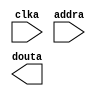
module inst_memory(
	clka,
	addra,
	douta);


input clka;
input [7 : 0] addra;
output [15 : 0] douta;

// synthesis translate_off

      BLK_MEM_GEN_V4_2 #(
		.C_ADDRA_WIDTH(8),
		.C_ADDRB_WIDTH(8),
		.C_ALGORITHM(1),
		.C_BYTE_SIZE(9),
		.C_COMMON_CLK(0),
		.C_DEFAULT_DATA("0"),
		.C_DISABLE_WARN_BHV_COLL(0),
		.C_DISABLE_WARN_BHV_RANGE(0),
		.C_FAMILY("virtex5"),
		.C_HAS_ENA(0),
		.C_HAS_ENB(0),
		.C_HAS_INJECTERR(0),
		.C_HAS_MEM_OUTPUT_REGS_A(0),
		.C_HAS_MEM_OUTPUT_REGS_B(0),
		.C_HAS_MUX_OUTPUT_REGS_A(0),
		.C_HAS_MUX_OUTPUT_REGS_B(0),
		.C_HAS_REGCEA(0),
		.C_HAS_REGCEB(0),
		.C_HAS_RSTA(0),
		.C_HAS_RSTB(0),
		.C_HAS_SOFTECC_INPUT_REGS_A(0),
		.C_HAS_SOFTECC_OUTPUT_REGS_B(0),
		.C_INITA_VAL("0"),
		.C_INITB_VAL("0"),
		.C_INIT_FILE_NAME("inst_memory.mif"),
		.C_LOAD_INIT_FILE(1),
		.C_MEM_TYPE(3),
		.C_MUX_PIPELINE_STAGES(0),
		.C_PRIM_TYPE(1),
		.C_READ_DEPTH_A(256),
		.C_READ_DEPTH_B(256),
		.C_READ_WIDTH_A(16),
		.C_READ_WIDTH_B(16),
		.C_RSTRAM_A(0),
		.C_RSTRAM_B(0),
		.C_RST_PRIORITY_A("CE"),
		.C_RST_PRIORITY_B("CE"),
		.C_RST_TYPE("SYNC"),
		.C_SIM_COLLISION_CHECK("ALL"),
		.C_USE_BYTE_WEA(0),
		.C_USE_BYTE_WEB(0),
		.C_USE_DEFAULT_DATA(0),
		.C_USE_ECC(0),
		.C_USE_SOFTECC(0),
		.C_WEA_WIDTH(1),
		.C_WEB_WIDTH(1),
		.C_WRITE_DEPTH_A(256),
		.C_WRITE_DEPTH_B(256),
		.C_WRITE_MODE_A("WRITE_FIRST"),
		.C_WRITE_MODE_B("WRITE_FIRST"),
		.C_WRITE_WIDTH_A(16),
		.C_WRITE_WIDTH_B(16),
		.C_XDEVICEFAMILY("virtex5"))
	inst (
		.CLKA(clka),
		.ADDRA(addra),
		.DOUTA(douta),
		.RSTA(),
		.ENA(),
		.REGCEA(),
		.WEA(),
		.DINA(),
		.CLKB(),
		.RSTB(),
		.ENB(),
		.REGCEB(),
		.WEB(),
		.ADDRB(),
		.DINB(),
		.DOUTB(),
		.INJECTSBITERR(),
		.INJECTDBITERR(),
		.SBITERR(),
		.DBITERR(),
		.RDADDRECC());


// synthesis translate_on

endmodule